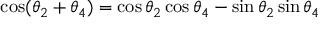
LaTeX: \cos ( \theta _ { 2 } + \theta _ { 4 } ) = \cos \theta _ { 2 } \cos \theta _ { 4 } - \sin \theta _ { 2 } \sin \theta _ { 4 }